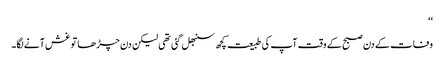
‘‘
وفات کے دن صبح کے وقت آپ کی طبیعت کچھ سنبھل گئی تھی لیکن دن چڑھا تو غش آنے لگا۔